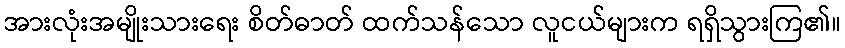
အားလုံးအမျိုးသားရေး စိတ်ဓာတ် ထက်သန်သော လူငယ်များက ရရှိသွားကြ၏။